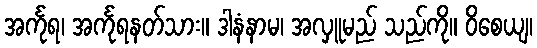
အင်္ကုရ၊ အင်္ကုရနတ်သား။ ဒါနံနာမ၊ အလှူမည် သည်ကို။ ဝိစေယျ၊